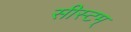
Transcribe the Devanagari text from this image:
सीस्टम्